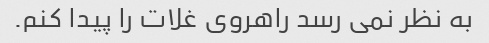
به نظر نمی رسد راهروی غلات را پیدا کنم.